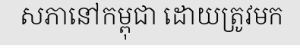
សភានៅកម្ពុជា ដោយត្រូវមក